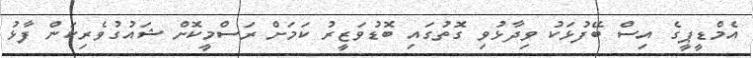
އެމްޑީޕީގެ އިސް ބޭފުޅަކު ވިދާޅުވި ގޮތުގައި ބޮޑުވަޒީރު ކަމަށް ރަސްމީކޮށް ޝައުގުވެރިކަން ފާޅު